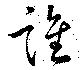
誰